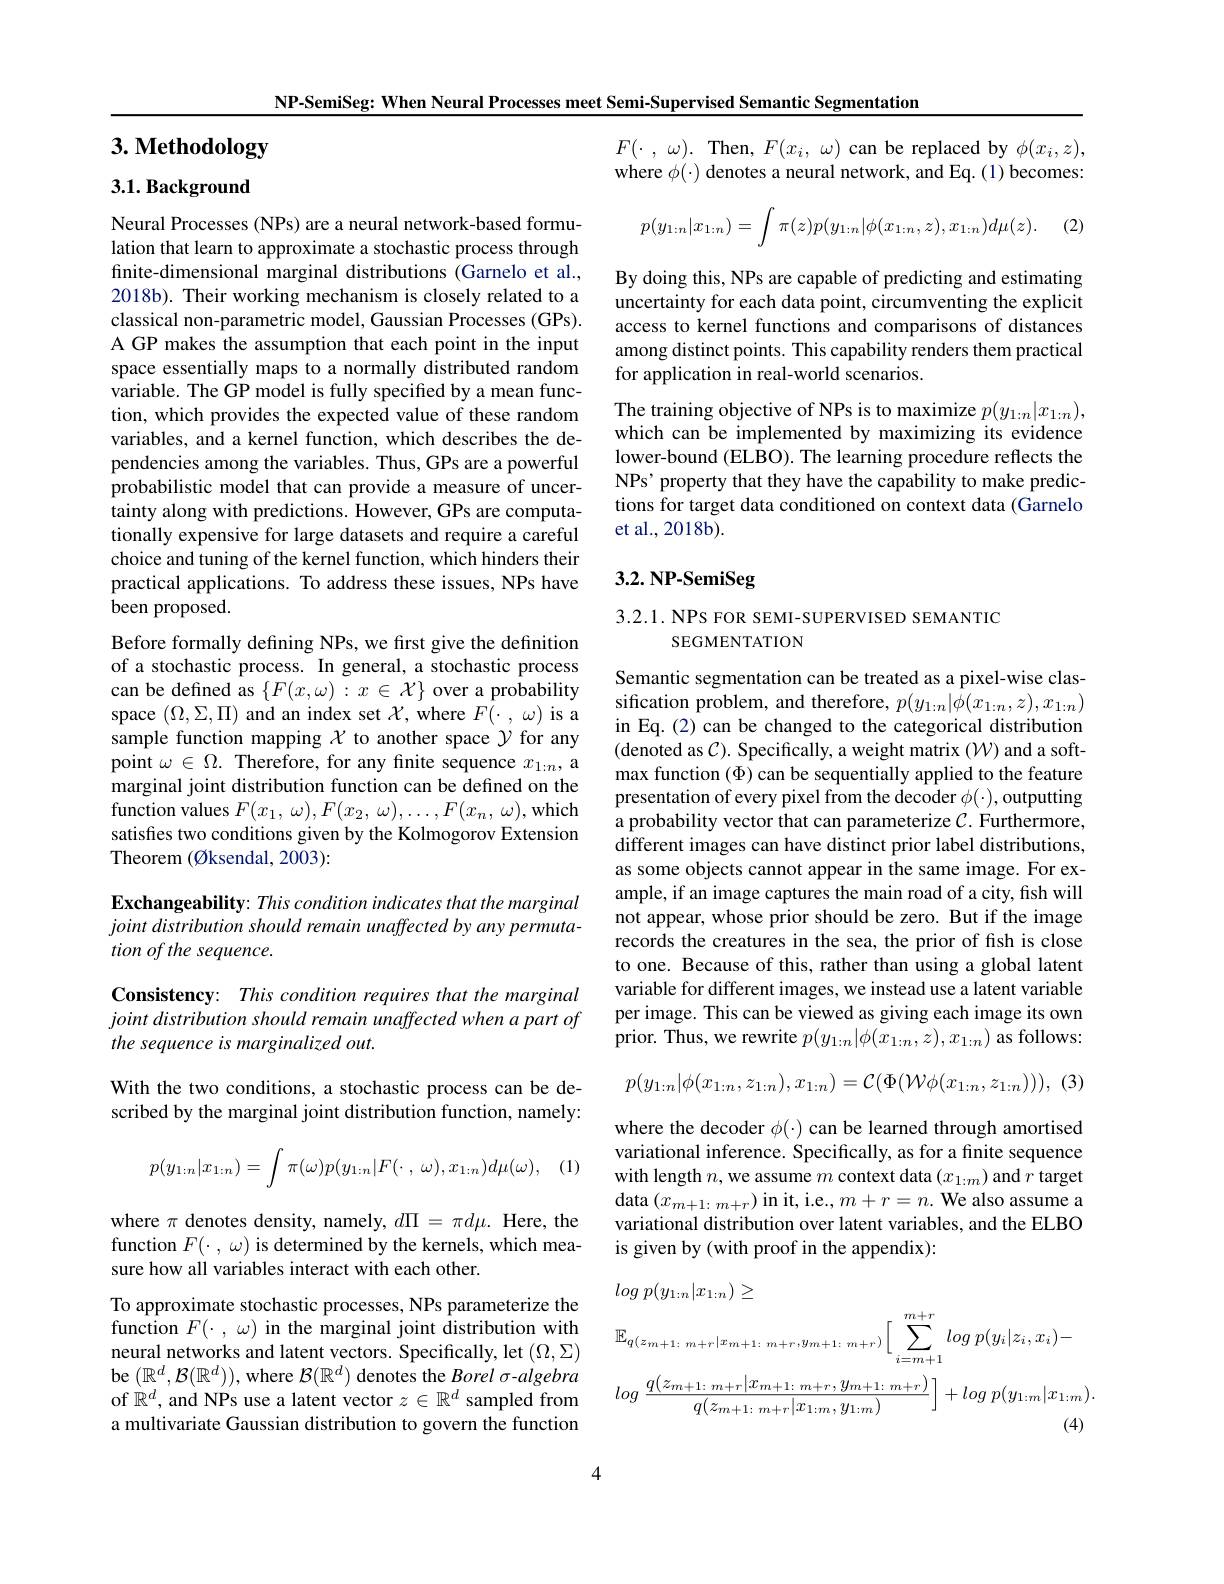
NP-SemiSeg: When Neural Processes meet Semi-Supervised Semantic Segmentation

# 3. Methodology

## $3. 1. \textbf{Background}$

Neural Processes (NPs) are a neural network-based formulation that learn to approximate a stochastic process through finite-dimensional marginal distributions (Garnelo et al., 2018b). Their working mechanism is closely related to a classical non-parametric model, Gaussian Processes (GPs). A GP makes the assumption that each point in the input space essentially maps to a normally distributed random variable. The GP model is fully specified by a mean function, which provides the expected value of these random variables, and a kernel function, which describes the dependencies among the variables. Thus, GPs are a powerful probabilistic model that can provide a measure of uncertainty along with predictions. However, GPs are computationally expensive for large datasets and require a careful choice and tuning of the kernel function, which hinders their practical applications. To address these issues, NPs have been proposed.

Before formally defining NPs, we first give the definition of a stochastic process. In general, a stochastic process can be defined as $\{F(x,\omega):x\in\mathcal{X}\}$ over a probability space $(\Omega,\Sigma,\Pi)$ and an index set $\mathcal{X}$, where $F(\cdot,\omega)$ is a sample function mapping $\chi$ to another space $\gamma$ for any point $\omega\in\Omega.$ Therefore, for any finite sequence $x_1:n$, a marginal joint distribution function can be defined on the function values $F( x_1$, $\omega ) , F( x_2$, $\omega ) , \ldots , F( x_n$, $\omega ) $,which satisfies two conditions given by the Kolmogorov Extension Theorem (Øksendal, 2003):

Exchangeability: This condition indicates that the marginal tion of the sequence.

Consistency: This condition requires that the marginal the sequence is marginalized out.

With the two conditions, a stochastic process can be described by the marginal joint distribution function, namely:

(1)
$$p(y_{1:n}|x_{1:n})=\int\pi(\omega)p(y_{1:n}|F(\cdot\:,\:\omega),x_{1:n})d\mu(\omega),$$
where $\pi$ denotes density, namely, $d\Pi=\pi d\mu.$ Here, the function $F(\cdot,\omega)$ is determined by the kernels, which measure how all variables interact with each other.

To approximate stochastic processes, NPs parameterize the function $F(\cdot,\omega)$ in the marginal joint distribution with neural networks and latent vectors. Specifically, let $(\Omega,\Sigma)$ be $(\mathbb{R}^d,\mathcal{B}(\mathbb{R}^d))$, where $\mathcal{B}(\mathbb{R}^d)$ denotes the $Borel\sigma-algebra$ of $\mathbb{R}^d$, and NPs use a latent vector $z\in\mathbb{R}^d$ sampled from a multivariate Gaussian distribution to govern the function

$F( \cdot$ , $\omega ) .$ Then, $F( x_{i}$, $\omega )$ can be replaced by $\phi(x_{i},z)$, where $\phi(\cdot)$ denotes a neural network, and Eq.(1) becomes:
$$\begin{aligned}p(y_{1:n}|x_{1:n})=\int\pi(z)p(y_{1:n}|\phi(x_{1:n},z),x_{1:n})d\mu(z).\end{aligned}$$
(2)

By doing this, NPs are capable of predicting and estimating uncertainty for each data point, circumventing the explicit access to kernel functions and comparisons of distances among distinct points. This capability renders them practical for application in real-world scenarios.

The training objective of NPs is to maximize $p(y_{1:n}|x_{1:n})$, which can be implemented by maximizing its evidence lower-bound (ELBO). The learning procedure reflects the NPs' property that they have the capability to make predictions for target data conditioned on context data (Garnelo et al., 2018b).

## 3.2. NP-SemiSeg

3.2.1. NPS FOR SEMI-SUPERVISED SEMANTIC

SEGMENTATION

Semantic segmentation can be treated as a pixel-wise classification problem, and therefore, $p(y_1:n|\phi(x_{1:n},z),x_{1:n})$ in Eq.(2) can be changed to the categorical distribution (denoted as $\mathcal{C}).$ Specifically, a weight matrix ($\mathcal{W})$ and a softmax function ($\Phi$) can be sequentially applied to the feature presentation of every pixel from the decoder $\phi(\cdot)$, outputting a probability vector that can parameterize $C.$ Furthermore, different images can have distinct prior label distributions, as some objects cannot appear in the same image. For example, if an image captures the main road of a city, fish will not appear, whose prior should be zero. But if the image records the creatures in the sea, the prior of fish is close to one. Because of this, rather than using a global latent variable for different images, we instead use a latent variable per image. This can be viewed as giving each image its own prior. Thus, we rewrite $p(y_{1:n}|\phi(x_{1:n},z),x_{1:n})$ as follows:

(3)
$$p(y_{1:n}|\phi(x_{1:n},z_{1:n}),x_{1:n})=\mathcal{C}(\Phi(\mathcal{W}\phi(x_{1:n},z_{1:n}))),$$
where the decoder $\phi(\cdot)$ can be learned through amortised variational inference. Specifically, as for a finite sequence with length $n$, we assume $m$ context data $(x_1:m)$ and $r$ target data $(x_{m+1:m+r})$ in it, i.e.$,m+r=n.$ We also assume a variational distribution over latent variables, and the ELBO is given by (with proof in the appendix):
$$\begin{aligned}&log\:p(y_{1:n}|x_{1:n})\geq\\&\mathbb{E}_{q(z_{m+1:\:m+r}|x_{m+1:\:m+r},y_{m+1:\:m+r})}\Big[\sum_{i=m+1}^{m+r}log\:p(y_{i}|z_{i},x_{i})-\\&log\:\frac{q(z_{m+1:\:m+r}|x_{m+1:\:m+r},y_{m+1:\:m+r})}{q(z_{m+1:\:m+r}|x_{1:m},y_{1:m})}\Big]+log\:p(y_{1:m}|x_{1:m}).\end{aligned}$$
4